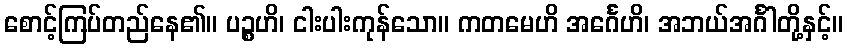
စောင့်ကြပ်တည်နေ၏။ ပဉ္စဟိ၊ ငါးပါးကုန်သော။ ကတမေဟိ အင်္ဂေဟိ၊ အဘယ်အင်္ဂါတို့နှင့်။